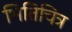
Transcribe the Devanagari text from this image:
भितिचित्र